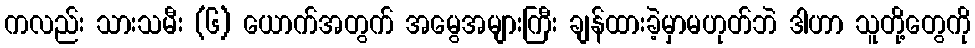
ကလည်း သားသမီး (၆) ယောက်အတွက် အမွေအများကြီး ချန်ထားခဲ့မှာမဟုတ်ဘဲ ဒါဟာ သူတို့တွေကို